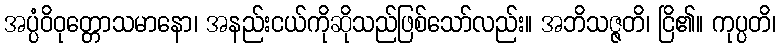
အပ္ပံဝိဝုတ္တောသမာနော၊ အနည်းငယ်ကိုဆိုသည်ဖြစ်သော်လည်း။ အဘိသဇ္ဇတိ၊ ငြိ၏။ ကုပ္ပတိ၊